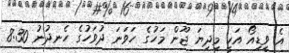
އެ ވީޑިއޯ އަކީ މިދިޔަ ޖޫން މަހުގެ ހަވަނަ ދުވަހުގެ ހެނދުނު 8:30